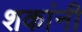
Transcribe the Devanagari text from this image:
शकांनी